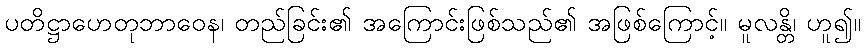
ပတိဋ္ဌာဟေတုဘာဝေန၊ တည်ခြင်း၏ အကြောင်းဖြစ်သည်၏ အဖြစ်ကြောင့်။ မူလန္တိ၊ ဟူ၍။